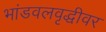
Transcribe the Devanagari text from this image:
भांडवलवृद्धीवर